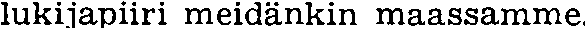
lukijapiiri meidänkin maassamme.